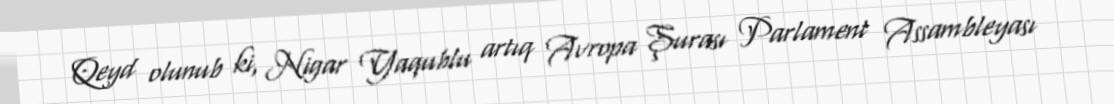
Qeyd olunub ki, Nigar Yaqublu artıq Avropa Şurası Parlament Assambleyası